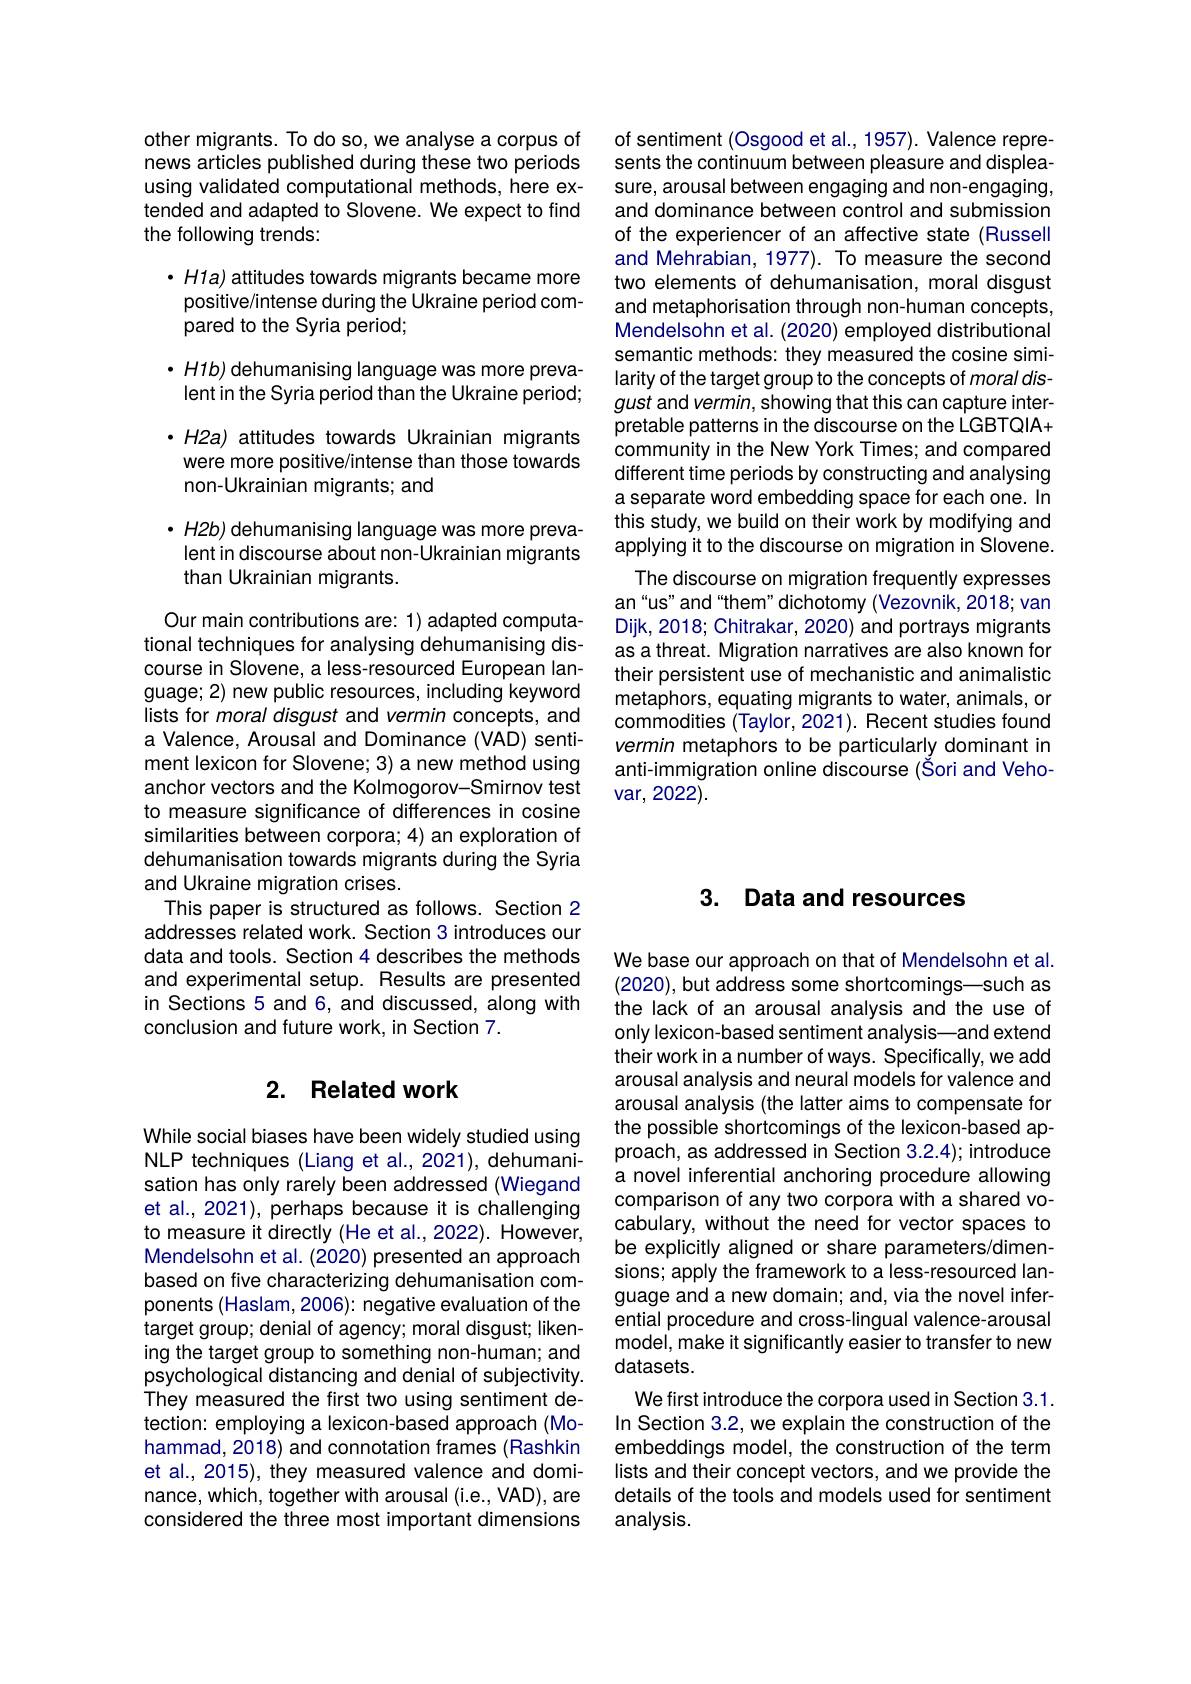
other migrants. To do so, we analyse a corpus of news articles published during these two periods using validated computational methods, here extended and adapted to Slovene. We expect to find the following trends:
·H1a) attitudes towards migrants became more
positive/intense during the Ukraine period com-
pared to the Syria period;
$\cdot H1b)$ dehumanising language was more preva-
lent in the Syria period than the Ukraine period; ·H2a) attitudes towards Ukrainian migrants
were more positive/intense than those towards
non-Ukrainian migrants; and
· H2b) dehumanising language was more preva-
lent in discourse about non-Ukrainian migrants
than Ukrainian migrants.

Our main contributions are: 1) adapted computational techniques for analysing dehumanising discourse in Slovene, a less-resourced European language; 2) new public resources, including keyword lists for moral disgust and vermin concepts, and a Valence, Arousal and Dominance (VAD) sentiment lexicon for Slovene; 3) a new method using anchor vectors and the Kolmogorov-Smirnov test to measure significance of differences in cosine similarities between corpora; 4) an exploration of dehumanisation towards migrants during the Syria and Ukraine migration crises.
This paper is structured as follows. Section 2 addresses related work. Section 3 introduces our data and tools. Section 4 describes the methods and experimental setup. Results are presented in Sections 5 and 6, and discussed, along with conclusion and future work, in Section 7.

# 2. Related work

While social biases have been widely studied using NLP techniques (Liang et al., 2021), dehumanisation has only rarely been addressed (Wiegand et al., 2021), perhaps because it is challenging to measure it directly (He et al., 2022). However, Mendelsohn et al. (2020) presented an approach based on five characterizing dehumanisation components (Haslam, 2006): negative evaluation of the target group; denial of agency; moral disgust; likening the target group to something non-human; and psychological distancing and denial of subjectivity. They measured the first two using sentiment detection: employing a lexicon-based approach (Mohammad, 2018) and connotation frames (Rashkin et al., 2015), they measured valence and dominance, which, together with arousal (i.e., VAD), are considered the three most important dimensions

of sentiment (Osgood et al., 1957). Valence represents the continuum between pleasure and displeasure, arousal between engaging and non-engaging, and dominance between control and submission of the experiencer of an affective state (Russell and Mehrabian, 1977). To measure the second two elements of dehumanisation, moral disgust and metaphorisation through non-human concepts, Mendelsohn et al. (2020) employed distributional semantic methods: they measured the cosine similarity of the target group to the concepts of moral disgust and vermin, showing that this can capture interpretable patterns in the discourse on the LGBTQIA+ community in the New York Times; and compared different time periods by constructing and analysing a separate word embedding space for each one. In this study, we build on their work by modifying and applying it to the discourse on migration in Slovene.
The discourse on migration frequently expresses an“us" and“them” dichotomy (Vezovnik, 2018; van Dijk, 2018; Chitrakar, 2020) and portrays migrants as a threat. Migration narratives are also known for their persistent use of mechanistic and animalistic metaphors, equating migrants to water, animals, or commodities (Taylor, 2021). Recent studies found vermin metaphors to be particularly dominant in anti-immigration online discourse (Šori and Vehovar, 2022).

## 3. Data and resources

We base our approach on that of Mendelsohn et al. (2020), but address some shortcomings—such as the lack of an arousal analysis and the use of only lexicon-based sentiment analysis—and extend their work in a number of ways. Specifically, we add arousal analysis and neural models for valence and arousal analysis (the latter aims to compensate for the possible shortcomings of the lexicon-based approach, as addressed in Section 3.2.4); introduce a novel inferential anchoring procedure allowing comparison of any two corpora with a shared vocabulary, without the need for vector spaces to be explicitly aligned or share parameters/dimensions; apply the framework to a less-resourced language and a new domain; and, via the novel inferential procedure and cross-lingual valence-arousal model, make it significantly easier to transfer to new datasets.
We first introduce the corpora used in Section 3.1. In Section 3.2, we explain the construction of the embeddings model, the construction of the term lists and their concept vectors, and we provide the details of the tools and models used for sentiment analysis.